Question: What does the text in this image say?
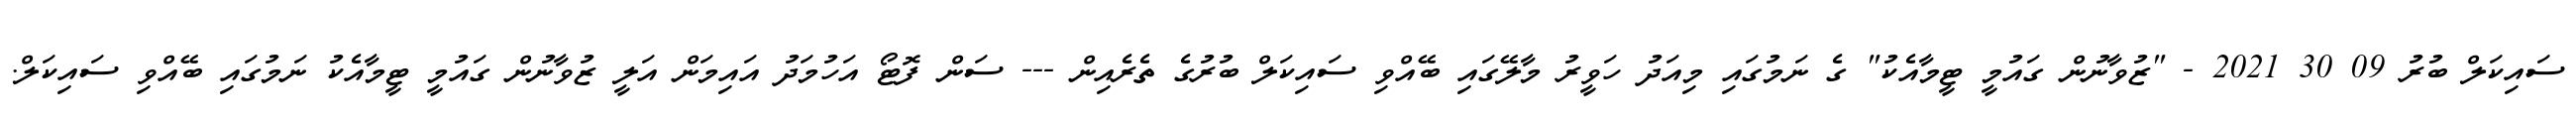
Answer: ސައިކަލް ބުރު 09 30 2021 - "ޒުވާނުން ގައުމީ ޓީމާއެކު" ގެ ނަމުގައި މިއަދު ހަވީރު މާލޭގައި ބޭއްވި ސައިކަލް ބުރުގެ ތެރެއިން --- ސަން ފޮޓޯ އަހުމަދު އައިމަން އަލީ ޒުވާނުން ގައުމީ ޓީމާއެކު ނަމުގައި ބޭއްވި ސައިކަލް.